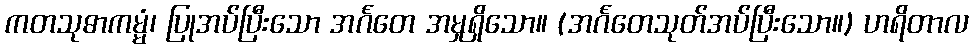
ကတသုဓာကမ္မံ၊ ပြုအပ်ပြီးသော အင်္ဂတေ အမှုရှိသော။ (အင်္ဂတေသုတ်အပ်ပြီးသော။) ဟရိတာလ